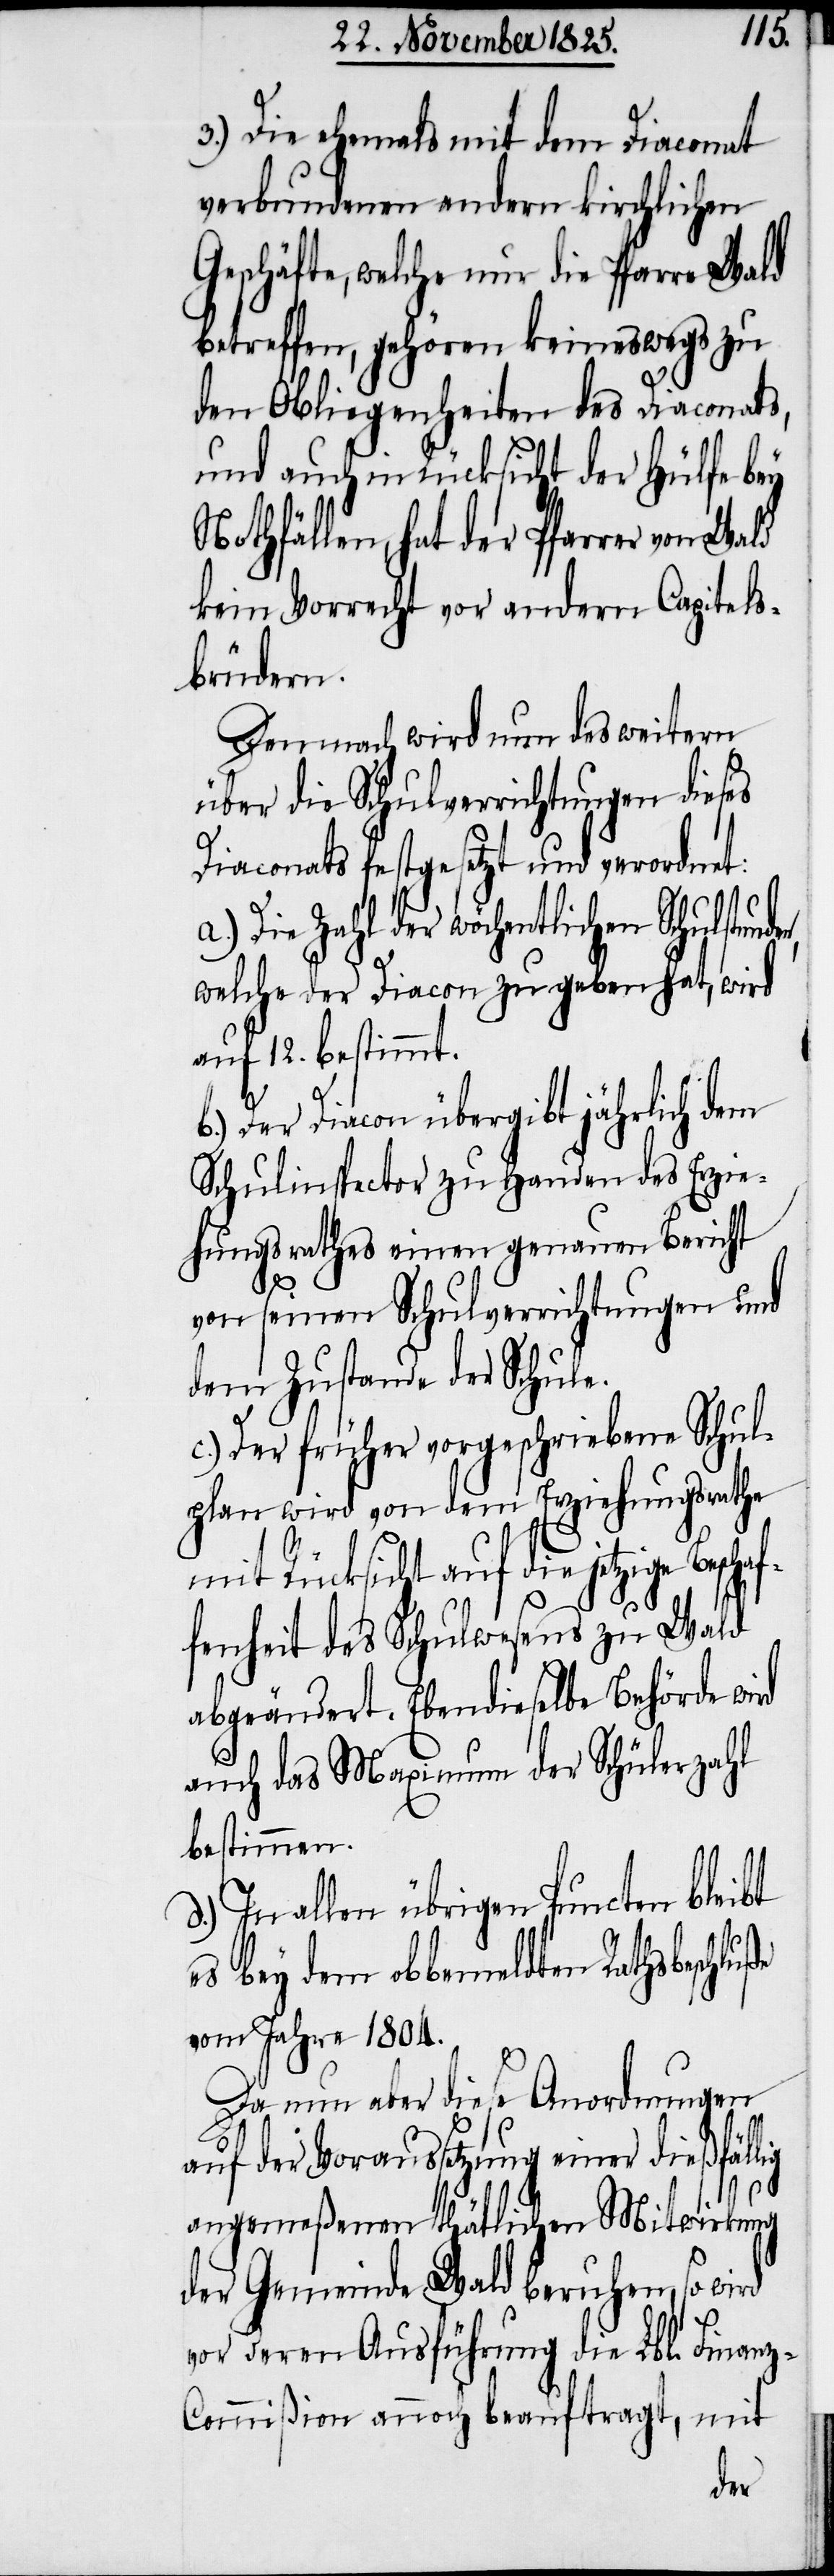
3.) Die ehemals mit dem Diaconat
verbundenen andern kirchlichen
Geschäfte, welche nur die Pfarre Wald
betreffen, gehören, keineswegs zu
den Obliegenheiten des Diaconats,
und auch in Rücksicht der Hülfe bey
Nothfällen, hat der Pfarrer von Wald
kein Vorrecht vor andern Capitels¬
brüdern.
Demnach wird nun des weitern
über die Schulverrichtungen dieses
Diaconats festgesetzt und verordnet:
a.) Die Zahl der wöchentlichen Schulstunde¬
welche der Diacon zu geben hat, wird
auf 12. bestimmt.
b.) Der Diacon übergibt jährlich dem
Schulinspector zu Handen des Erzie¬
hungsrathe einen genauen Bericht
haf¬
von seinen Schulverrichtungen und
dem Zustande der Schule.
c.) Der früher vorgeschriebene Schul¬
plan wird von dem Erziehungsrathe
mit Rücksicht auf die jetzige Besc¬
fenheit des Schulwesens zu Wald
abgeändert. Ebendieselbe Behörde wi¬
lig
auch das Maximum der Schülerzahl
bestimmen.
d.) In allen übrigen Puncten bleibt
es bey dem obbemeldten Rathsbeschlu¬
vom Jahre 1804.
Da nun aber diese Anordnungen
auf der Voraussetzung einer dießfäl¬
angemeßenen thätlichen Mitwirkung
der Gemeinde Wald beruhen, so wird
vor deren Ausführung die Lbl. Finan¬
z-Commißion annoch beauftragt, mit